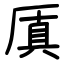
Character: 厧